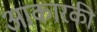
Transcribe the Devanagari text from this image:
आकारकी